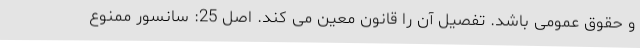
و حقوق عمومی باشد. تفصیل آن را قانون معین می کند. اصل 25: سانسور ممنوع